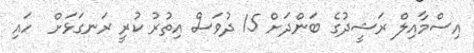
އިސްމާއިލް ރަޝީދުގެ ބަންދަށް 15 ދުވަސް އިތުރު ކުރީ ރަނގަޅަށް  ހައި